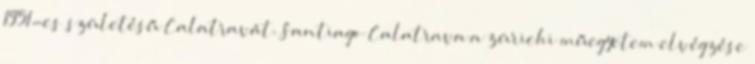
1951-es születésű Calatravát. Santiago Calatrava a zürichi műegyetem elvégzése